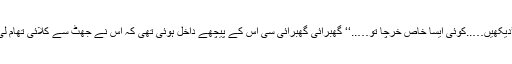
’’دیکھیں…..کوئی ایسا خاص خرچا تو…..‘‘ گھبرائی گھبرائی سی اس کے پیچھے داخل ہوئی تھی کہ اس نے جھٹ سے کلائی تھام لی۔